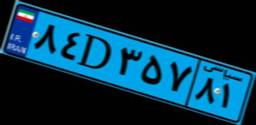
۸۴D۳۵۷۸۱